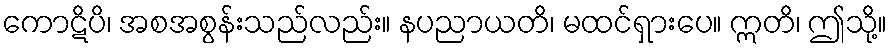
ကောဋိပိ၊ အစအစွန်းသည်လည်း။ နပညာယတိ၊ မထင်ရှားပေ။ ဣတိ၊ ဤသို့။